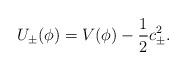
LaTeX: \begin{align*}U_\pm(\phi) = V(\phi) - \frac{1}{2} c_\pm^2.\end{align*}